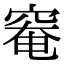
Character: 𥦩